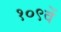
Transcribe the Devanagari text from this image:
१०९वें